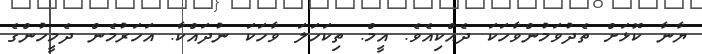
ޔާނާ ކޮޅަށް ތެދުވަމުންވާހަކަ ދެއްކިއެވެ. އީމް. ތިކަހަލަ ވާހަކަ ނުދައްކާ. އަހަރުމެން ދެމީހުންގެ